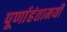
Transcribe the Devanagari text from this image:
पूर्णाहंतामयी